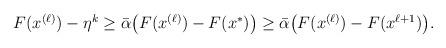
LaTeX: \begin{align*}\begin{aligned}F(x^{(\ell)}) - \eta^k &\ge \bar{\alpha}\big( F(x^{(\ell)}) - F(x^*)\big) \ge \bar{\alpha}\big( F(x^{(\ell)}) - F(x^{\ell +1})\big).\end{aligned}\end{align*}